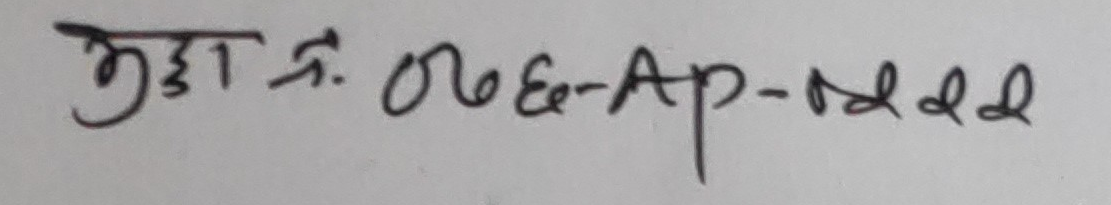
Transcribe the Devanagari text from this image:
भुट्टा नं. 06-Ap-2022